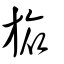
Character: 旅